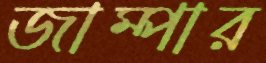
জাম্পার